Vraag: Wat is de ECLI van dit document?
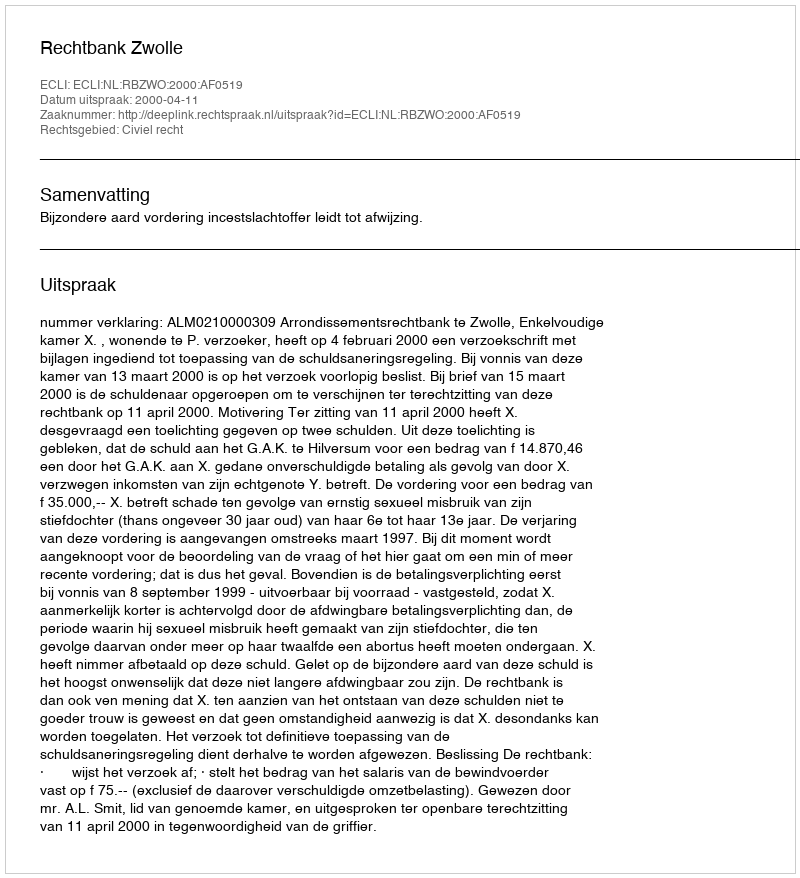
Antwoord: ECLI:NL:RBZWO:2000:AF0519